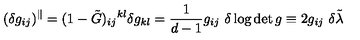
( \delta g _ { i j } ) ^ { \Vert } = ( 1 - \tilde { G } ) _ { i j } { } ^ { k l } \delta g _ { k l } = \frac { 1 } { d - 1 } g _ { i j } \ \delta \log \det g \equiv 2 g _ { i j } \ \delta \tilde { \lambda }